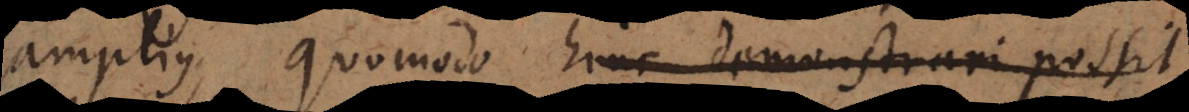
amplius, quomodo hinc demonstrari possit